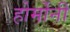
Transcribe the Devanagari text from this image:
होर्मोनी